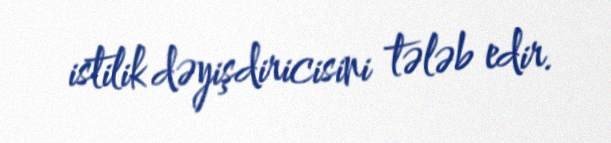
istilik dəyişdiricisini tələb edir.